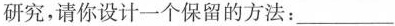
研究，请你设计一个保留的方法：___。